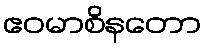
ဧဝမာစိနတော